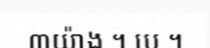
៣យ៉ាង ។ បេ ។